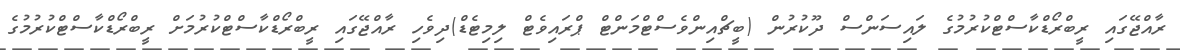
ރާއްޖޭގައި ރީބްރޯޑްކާސްޓްކުރުމުގެ ލައިސަންސް ދޫކުރުން (ބީޗްއިންވެސްޓްމަންޓް ޕްރައިވެޓް ލިމިޓެޑް)ދިވެހި ރާއްޖޭގައި ރީބްރޯޑްކާސްޓްކުރުމަށް ރީބްރޯޑްކާސްޓްކުރުމުގެ